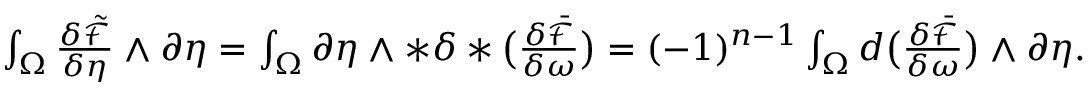
\begin{array} { r } { \int _ { \Omega } \frac { \delta \tilde { \mathcal { F } } } { \delta \eta } \wedge \partial \eta = \int _ { \Omega } \partial \eta \wedge \ast \delta \ast \big ( \frac { \delta \bar { \mathcal { F } } } { \delta \omega } \big ) = ( - 1 ) ^ { n - 1 } \int _ { \Omega } d \big ( \frac { \delta \bar { \mathcal { F } } } { \delta \omega } \big ) \wedge \partial \eta . } \end{array}